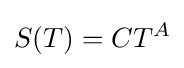
S(T)=CT^{A}